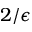
2 / \epsilon